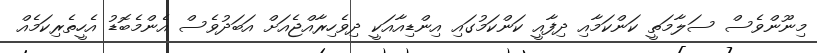
މިނޫންވެސް ސަލާމަތީ ކަންކަމާއި ދިފާއީ ކަންކަމުގައި އިންޑިއާއަކީ ދިވެހިރާއްޖެއަށް އަބަދުވެސް އެންމެބޮޑު އެހީތެރިކަމެއް